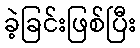
ခဲ့ခြင်းဖြစ်ပြီး